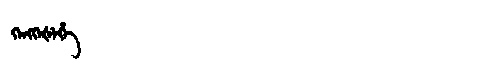
Manchu: ᡴᡝᠩᡴᡝᡧᡝᡥᡝ
Romanization: KENGKEŠEHE